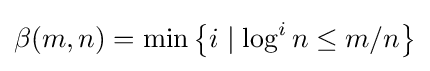
\beta (m,n)=\min \left\{i\mid \log ^{i}n\leq m/n\right\}